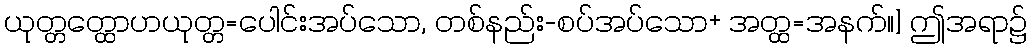
ယုတ္တတ္ထောဟယုတ္တ=ပေါင်းအပ်သော, တစ်နည်း-စပ်အပ်သော+ အတ္ထ=အနက်။] ဤအရာ၌